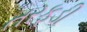
તરફડી